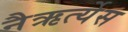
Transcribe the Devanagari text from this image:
नैऋर्त्येस